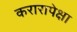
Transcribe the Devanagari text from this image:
करारापेक्षा